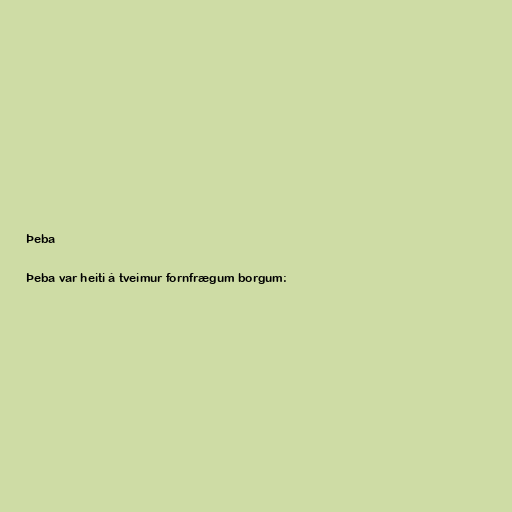
Þeba

Þeba var heiti á tveimur fornfrægum borgum: